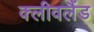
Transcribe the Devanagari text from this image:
क्‍लीवलैंड